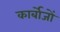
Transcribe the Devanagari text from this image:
कार्बोजों